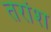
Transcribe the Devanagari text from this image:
तरांश